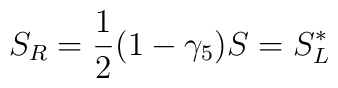
S_{R} = \frac{1}{2} (1 - \gamma_{5}) S = S_{L}^{*}